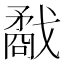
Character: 𢨌